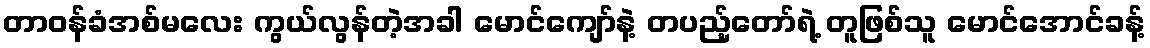
တာဝန်ခံအစ်မလေး ကွယ်လွန်တဲ့အခါ မောင်ကျော်နဲ့ တပည့်တော်ရဲ့ တူဖြစ်သူ မောင်အောင်ခန့်